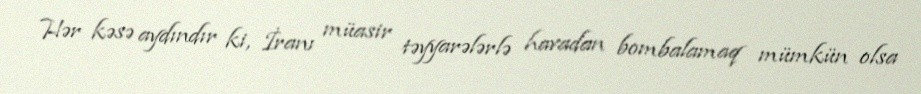
Hər kəsə aydındır ki, İranı müasir təyyarələrlə havadan bombalamaq mümkün olsa